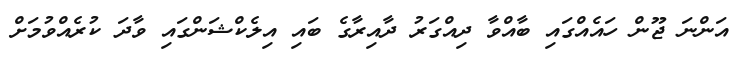
އަންނަ ޖޫން ހައެއްގައި ބާއްވާ ދިއްގަރު ދާއިރާގެ ބައި އިލެކްޝަންގައި ވާދަ ކުރެއްވުމަށް